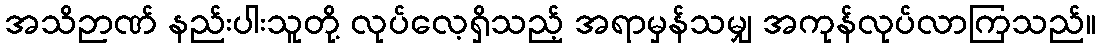
အသိဉာဏ် နည်းပါးသူတို့ လုပ်လေ့ရှိသည့် အရာမှန်သမျှ အကုန်လုပ်လာကြသည်။